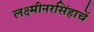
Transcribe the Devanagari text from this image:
लक्ष्मीनरसिंहाचें